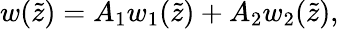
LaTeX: w(\tilde{z})=A_{1}w_{1}(\tilde{z})+A_{2}w_{2}(\tilde{z}),